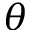
\theta